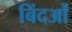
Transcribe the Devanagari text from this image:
बिंदओं